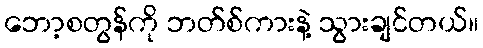
ဘော့စတွန်ကို ဘတ်စ်ကားနဲ့ သွားချင်တယ်။